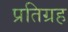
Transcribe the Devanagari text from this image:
प्रतिग्रह